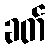
ခတ်